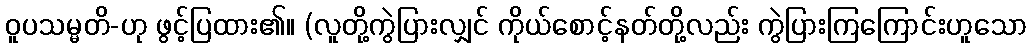
ဝူပသမ္မတိ-ဟု ဖွင့်ပြထား၏။ (လူတို့ကွဲပြားလျှင် ကိုယ်စောင့်နတ်တို့လည်း ကွဲပြားကြကြောင်းဟူသော